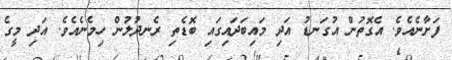
ފަށާނެއެވެ. އެގޮތުން އުގަނޑު އަދި މައިބަދައިގައި ބޮޑެތި ރެނދުލުން ހިމެނެއެވެ. އަދި މީގެ